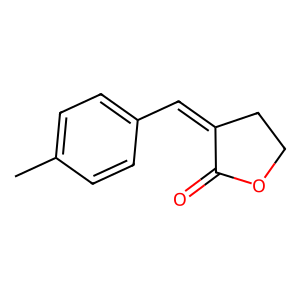
SMILES: Cc1ccc(C=C2CCOC2=O)cc1
Inhibits HIV replication: No